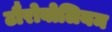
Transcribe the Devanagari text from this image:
टौरोबोलियम